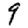
Digit: 9